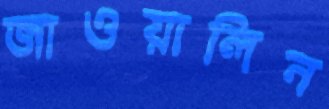
জাওয়ালিন